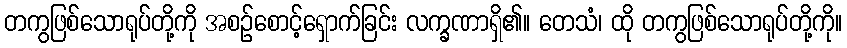
တကွဖြစ်သောရုပ်တို့ကို အစဉ်စောင့်ရှောက်ခြင်း လက္ခဏာရှိ၏။ တေသံ၊ ထို တကွဖြစ်သောရုပ်တို့ကို။